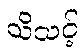
သိသင့်